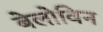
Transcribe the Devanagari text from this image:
बेलोविन